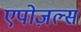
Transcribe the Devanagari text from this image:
एपोज़ल्स